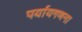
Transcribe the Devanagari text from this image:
पर्यायगणना